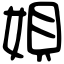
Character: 㛝